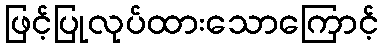
ဖြင့်ပြုလုပ်ထားသောကြောင့်